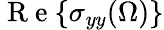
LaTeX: \mathrm{~R~e~}{\left\{ \sigma_{yy}(\Omega)\right\} }